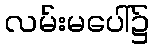
လမ်းမပေါ်၌